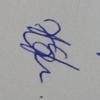
Signature authenticity: genuine